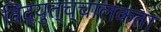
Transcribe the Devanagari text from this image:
विद्युत्च्चालकता